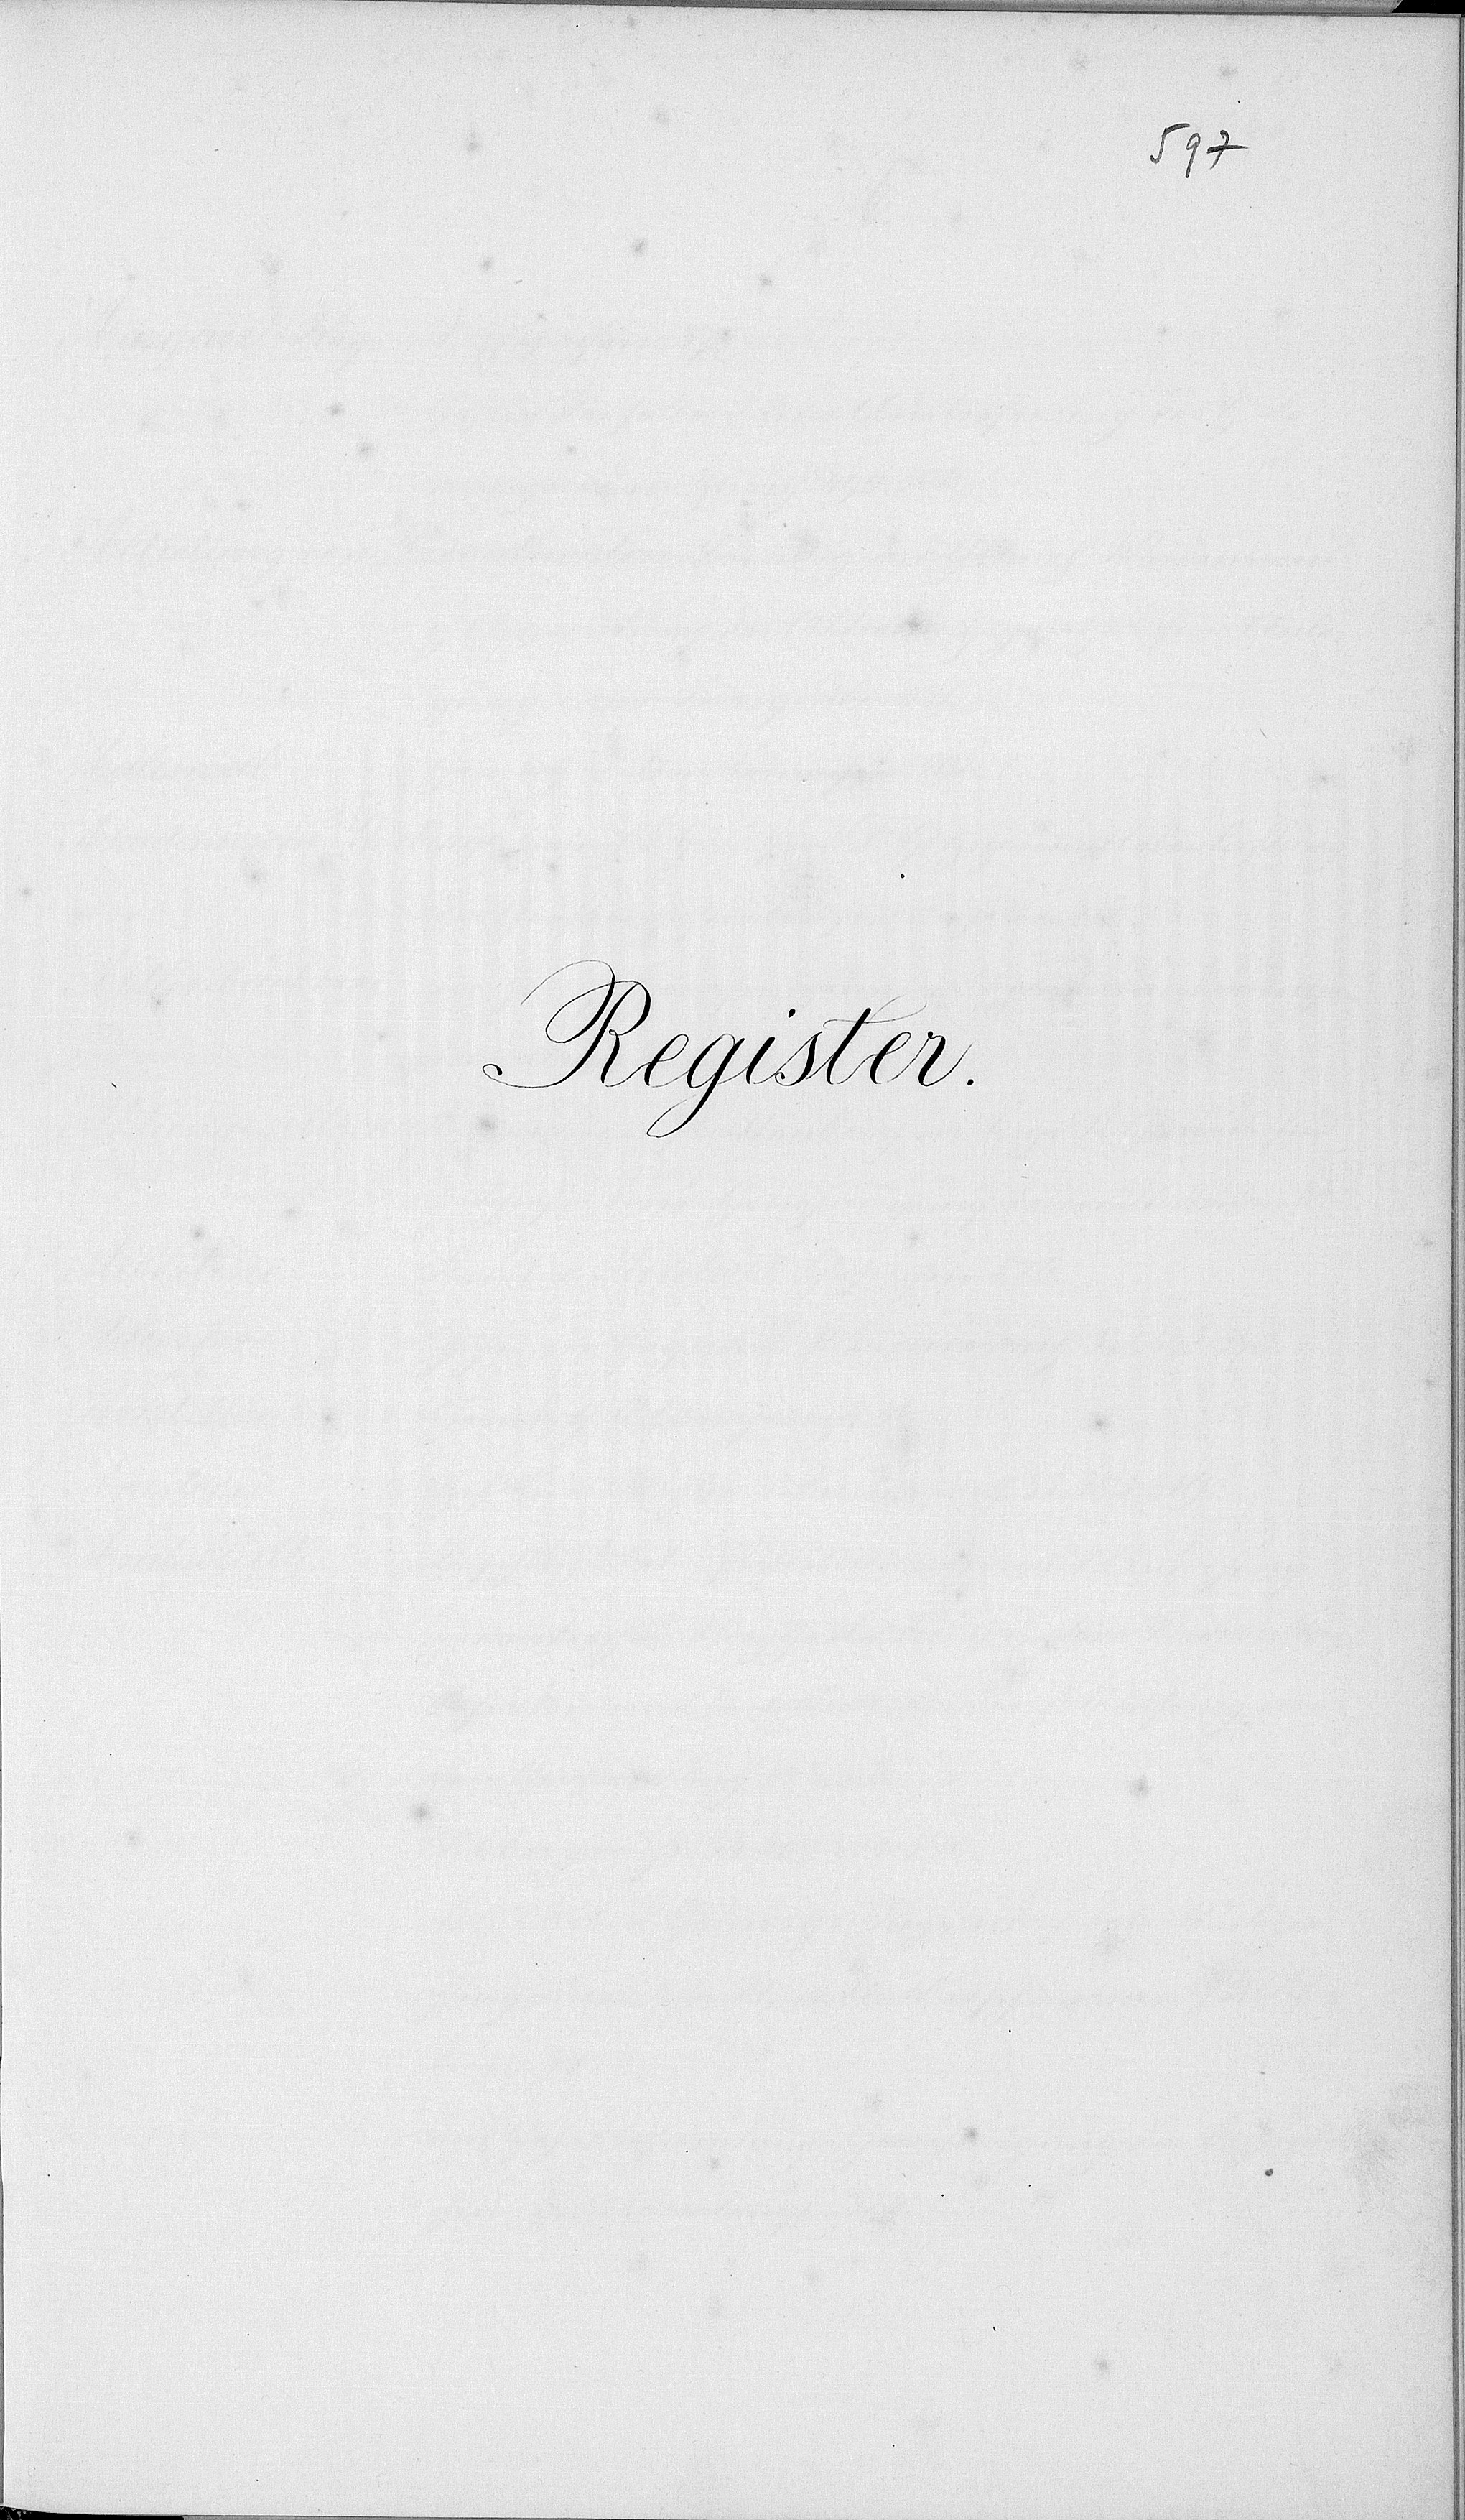
Kapelle

d. M.